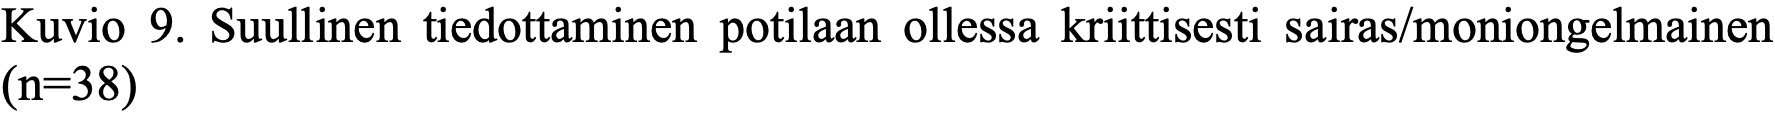
Kuvio 9. Suullinen tiedottaminen potilaan ollessa kriittisesti sairas/moniongelmainen (n=38)